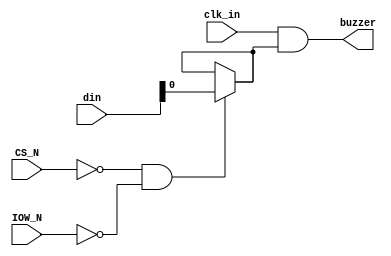
`timescale 1ns / 1ps
//////////////////////////////////////////////////////////////////////////////////
module Buzzer(
    input clk_in,           //
    input CS_N,             //
    input IOW_N,            //
    input  [7:0] din,       //D
    output buzzer
    );
    
    wire buzzerrst_n;
    
    assign buzzerrst_n = ((!CS_N) & (!IOW_N)) ? din[0] : buzzerrst_n; //din[0]
    
    assign buzzer = clk_in & buzzerrst_n;

endmodule